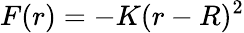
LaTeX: F(r)=-K(r-R)^{2}